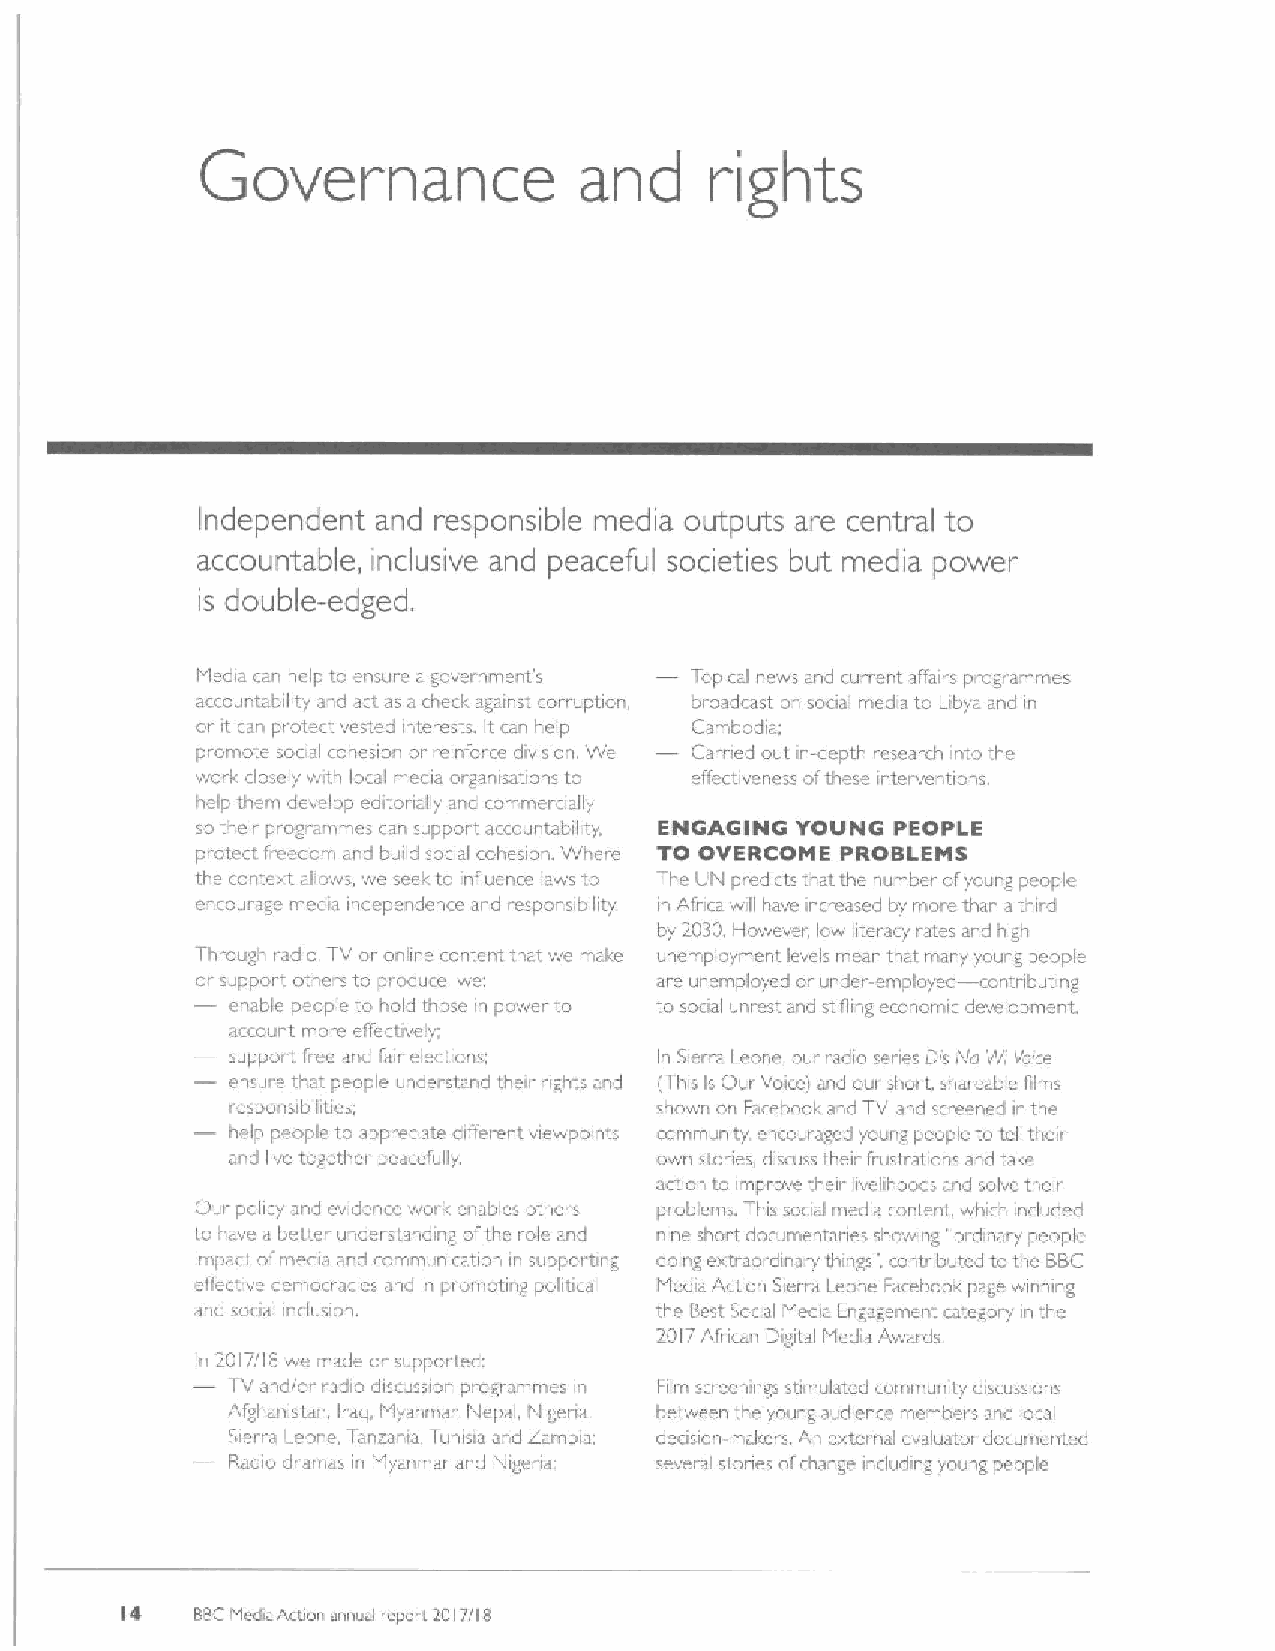
Governance               and      rights
 Independent and responsible media outputs are central to
 accountable, inclusive and peaceful societies but media power
 double-edged.
 is
 Medi~ can help to ensure a gavemment's Topi«al news and current affairs pvogramrnes
 accountability and act as a check against corruption, broadcast on soaal media to Libya and in
 or it can protect vested interests. It«an help —Cambodia;
 promote soaal cohacion or cinforce division. vVe Carried out in-depth researrh into the
 i
 work «losoly withi local media organisations to effectiveness ofthese interventians.
 h Ip them dev lop editorially and commei nally
 so tl.eir prog amrnes can support accountability. ENGAGING YOUNG PEOPLE
 pi otoct freedom and build saaal cohesion. Where TO OVERCOME PROBLEMS
 the context allows, we seel. to influence laws to The LIN predicts that the number ofyoung pecpie
 encourago media indepe dence and responsibility ~Afrtca will have increased by mare than athird
 i
 by 2030 However. Iow literacy rates and high
 Through radio TV ai anli e content that we make unemployment levels incan that many yaung people
 —or support others to produce, we are unemployed o. undev-employed contributmg
 enable people to hold those in power to to social unrest and stifling economic development.
 account more effe«tivefy:
 support froe and fair elections, In Sieiia Leone, oui radia series Dis IVo Wi Voce
 ensure tl,at people undei-stand their rtghts and (This Is Our VoiceI and oui shorL shareable films
 responsibilities,            shown on Facebaak and TV, and screened in the
 help people to appveciate different viewpoints community, encouraged young people to tell their
 and live together peacefully own stoi ies. discuss their frustrations ai d take
 action to improve their livelihoods and solve their
 Oui. policy and evidence worl« enables othei s problems. This social media content. which included
 to have a better understanding ofthe rale and nine short dacumentaries shawing oidinary people
 impact ofntedia and communication in supporting doing extraordinary things ', «ontributed to the BBC
 of(ective democracies and in promoting political Media Action Sierra Leone Facebook page winning
 and soual iriclusion.         the Best Social Media Engagement category ~the
 i
 2017African Iyigital Media Awards
 In 2017/I /3 we made or suppoi ted:
 TV and/ai iadio discussion programmos in Film screenings stimulated community discussions
 Afghanistan, Iraq, Myanmai, Nepal, Nigeria between the young audience members and lor:al
 Sierra Leoiie. Ianzania Tunisia and Zambia: docisian-makers. An external evaluator do«umentod
 Radio dramas in I yanmar and Nigerta; several stones afchange including young people
 4
 I    BBChtedha Action annual report 2017/I B